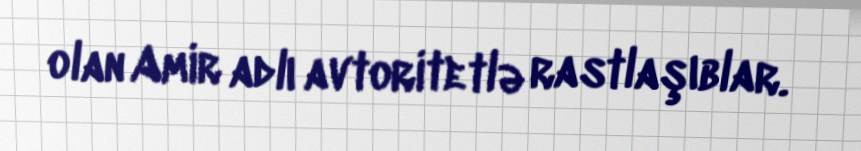
olan Amir adlı avtoritetlə rastlaşıblar.